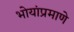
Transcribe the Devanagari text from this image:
भोयांप्रमाणे